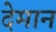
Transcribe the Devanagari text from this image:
देमान